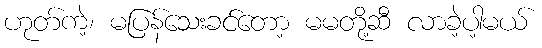
ဟုတ်ကဲ့၊ မပြန်သေးခင်တော့ မမတို့ဆီ လာခဲ့ပါ့မယ်